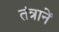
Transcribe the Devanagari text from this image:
तंत्रानें